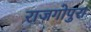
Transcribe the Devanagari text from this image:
राजगोपुरा